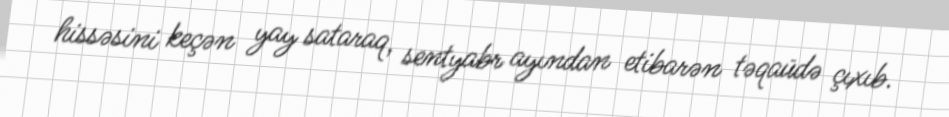
hissəsini keçən yay sataraq, sentyabr ayından etibarən təqaüdə çıxıb.